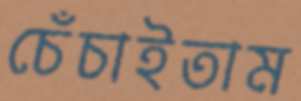
চেঁচাইতাম